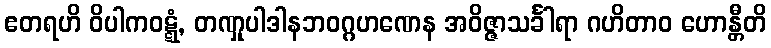
ဧတရဟိ ဝိပါကဝဋ္ဋံ, တဏှုပါဒါနဘဝဂ္ဂဟဏေန အဝိဇ္ဇာသင်္ခါရာ ဂဟိတာဝ ဟောန္တီတိ